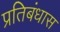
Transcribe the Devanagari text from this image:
प्रतिबंधास